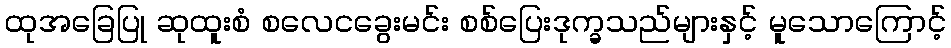
ထုအခြေပြု ဆုထူးစံ စလေငခွေးမင်း စစ်ပြေးဒုက္ခသည်များနှင့် မူသောကြောင့်